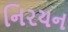
નિરયન